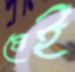
মেই